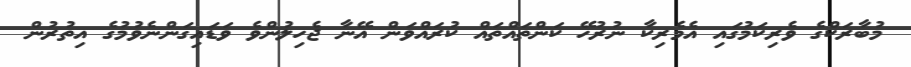
މުބާރަކްގެ ވެރިކަމުގައި އެމެރިކާ ނުރުހޭ ކަންތައްތައް ކުރައްވަން އޭނާ ޖެހިލުންވެ ވަޑައިގަންނެވުމުގެ އިތުރުން